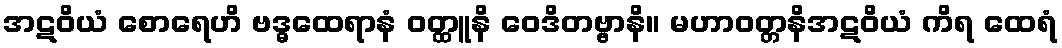
အဋဝိယံ စောရေဟိ ဗဒ္ဓထေရာနံ ဝတ္ထူနိ ဝေဒိတဗ္ဗာနိ။ မဟာဝတ္တနိအဋဝိယံ ကိရ ထေရံ